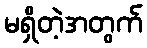
မရှိတဲ့အတွက်